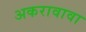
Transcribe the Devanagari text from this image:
अकरावावा